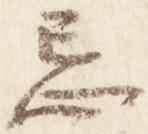
忌